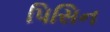
પિસિન